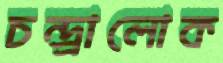
চন্দ্র্রালোক